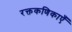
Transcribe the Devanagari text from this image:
रक्तकणिकाएँ